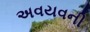
અવયવની